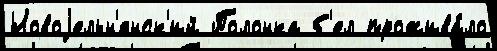
Новоjельн'янск'ий Полонка б'ел прожива́ло